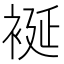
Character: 䘰